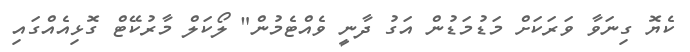
ކެޔޮ ގިނަވާ ވަރަކަށް މަޑުމަޑުން އަގު ދާނީ ވެއްޓެމުން" ލޯކަލް މާރުކޭޓް ގޮޅިއެއްގައި